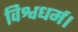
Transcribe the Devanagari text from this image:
विश्वधर्म।